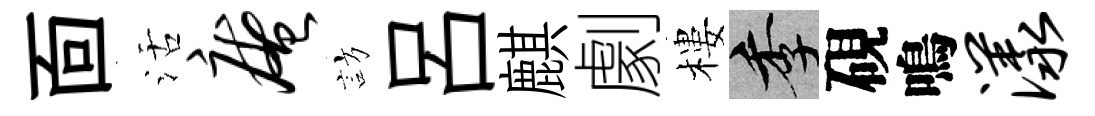
靣活庵訪吕麒劇樓季硯鳴漾